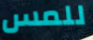
للمس